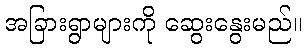
အခြားရွာများကို ဆွေးနွေးမည်။